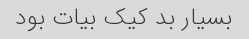
بسیار بد کیک بیات بود